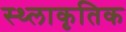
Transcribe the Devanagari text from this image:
स्थ्लाकृतिक